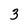
Character: 3